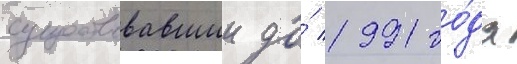
существовавшии до́ 1991 го́да